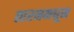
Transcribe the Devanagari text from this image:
तारनमधून